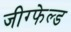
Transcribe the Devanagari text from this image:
जीग्फेल्ड